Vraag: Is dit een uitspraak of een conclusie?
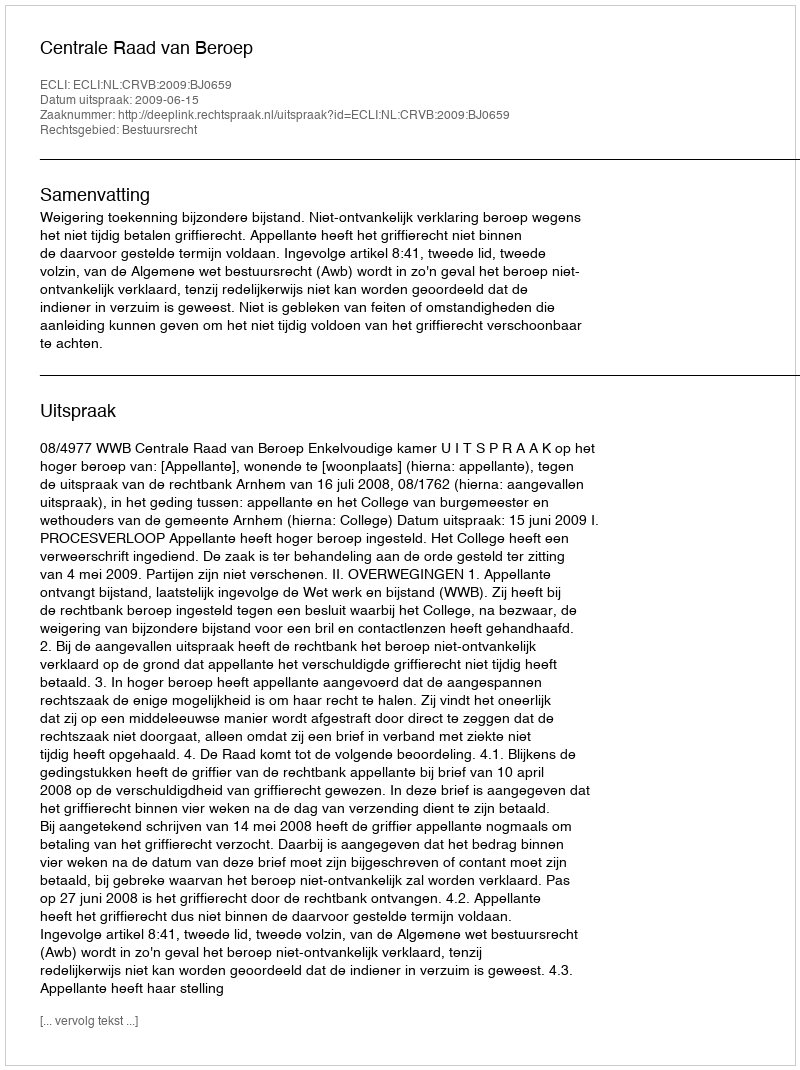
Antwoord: Uitspraak